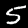
Label: 5